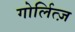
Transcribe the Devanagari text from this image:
गोर्लित्ज़